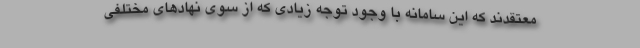
معتقدند که این سامانه با وجود توجه زیادی که از سوی نهاد‌های مختلفی